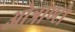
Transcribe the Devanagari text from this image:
ओत्राण्टो